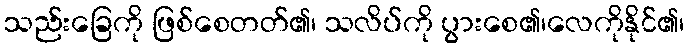
သည်းခြေကို ဖြစ်စေတတ်၏၊ သလိပ်ကို ပွားစေ၏၊လေကိုနိုင်၏၊